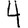
Digit: 4